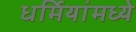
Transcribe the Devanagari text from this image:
धर्मियांमध्ये